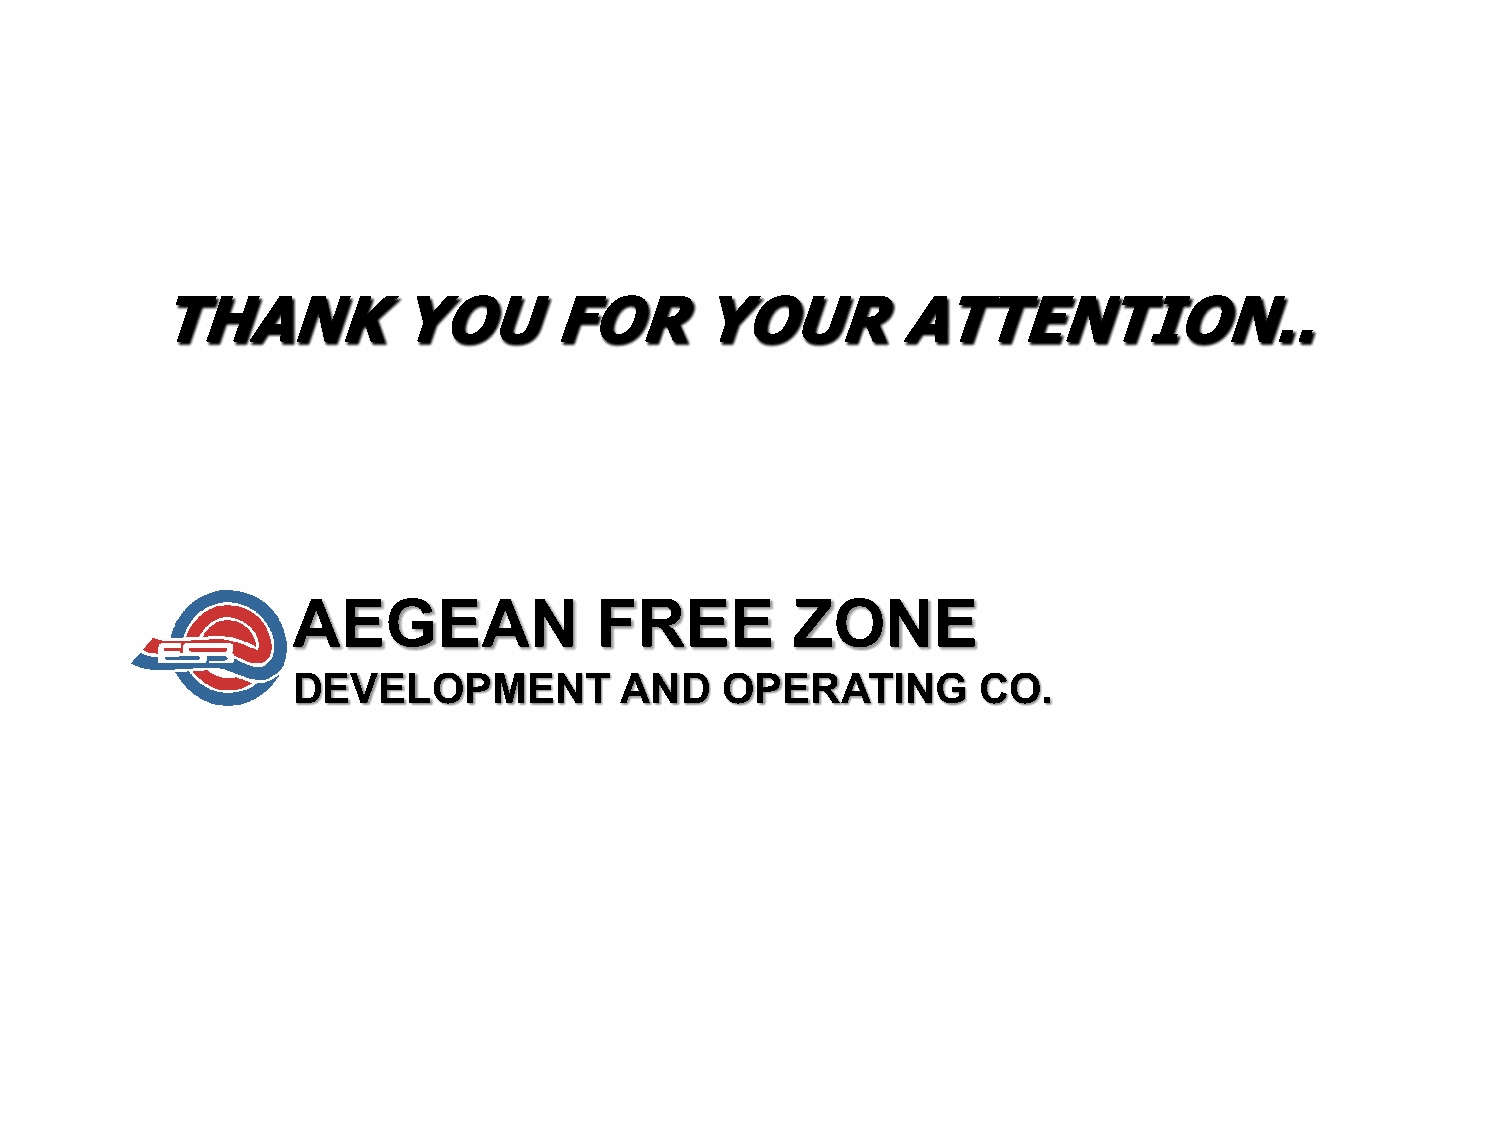
THANK          YOU        FOR      YOUR          ATTENTION..
 AEGEAN              FREE         ZONE
 DEVELOPMENT           AND    OPERATING        CO.